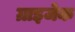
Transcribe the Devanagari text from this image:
ग्राइजेक